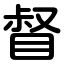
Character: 督